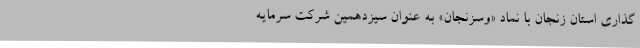
گذاری استان زنجان با نماد «وسزنجان» به عنوان سیزدهمین شرکت سرمایه